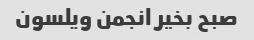
صبح بخیر انجمن ویلسون